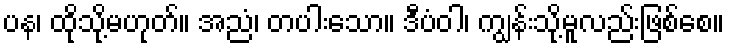
ပန၊ ထိုသို့မဟုတ်။ အညံ၊ တပါးသော။ ဒီပံဝါ၊ ကျွန်းသို့မူလည်းဖြစ်စေ။